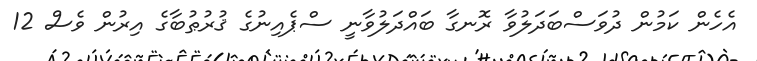
އެހެން ކަމުން ދުވަސްބަދަލުވާ ރޮނގާ ބައްދަލުވާނީ ސްޕެއިނުގެ ޤުރުޠުބާގެ އިރުން ވެސް 12